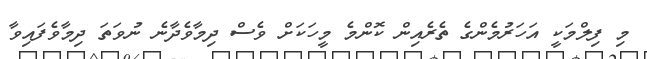
މި ފިލްމަކީ އަހަރުމެންގެ ތެރެއިން ކޮންމެ މީހަކަށް ވެސް ދިމާވެދާނެ ނުވަތަ ދިމާވެފައިވާ